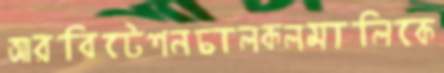
আরবিটেশনচালকলমালিকে